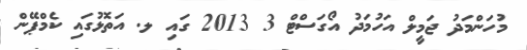
މުހަންމަދު ޖަމީލް އަހުމަދު އޯގަސްޓް 3 2013 ގައި ލ. އަތޮޅުގައި ކެމްޕޭން